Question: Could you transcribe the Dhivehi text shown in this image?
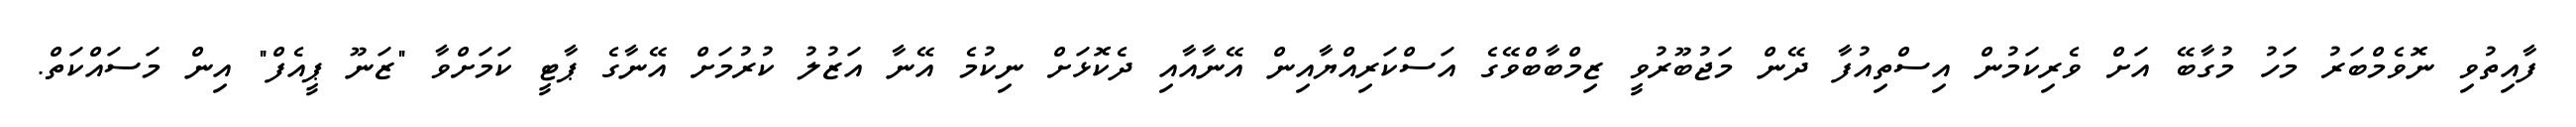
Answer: ފާއިތުވި ނޮވެމްބަރު މަހު މުގާބޭ އަށް ވެރިކަމުން އިސްތިއުފާ ދޭން މަޖުބޫރުވީ ޒިމްބާބްވޭގެ އަސްކަރިއްޔާއިން އޭނާއާއި ދެކޮޅަށް ނިކުމެ އޭނާ އަޒުލު ކުރުމަށް އޭނާގެ ޕާޓީ ކަމަށްވާ "ޒަނޫ ޕީއެފް" އިން މަސައްކަތް.